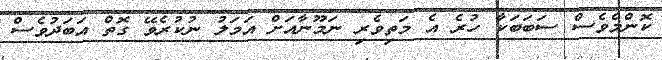
ކޮންމެވެސް ސަބަބަކާ ހުރެ އެ މަތިވެރި ނަމޫނާއަށް އަމަލު ނުކުރެވޭ ގޮތް އަބަދުވެސް